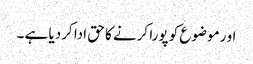
او رموضوع کو پورا کرنے کا حق ادا کردیا ہے ۔